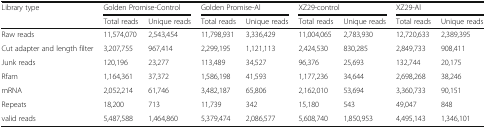
| <ROWSPAN=2> Library type | <COLSPAN=2> Golden Promise-Control | <COLSPAN=2> Golden Promise-Al | <COLSPAN=2> XZ29-control | <COLSPAN=2> XZ29-Al |
 | Total reads | Unique reads | Total reads | Unique reads | Total reads | Unique reads | Total reads | Unique reads |
 | --- | --- | --- | --- | --- | --- | --- | --- | --- |
 | Raw reads | 11,574,070 | 2,543,454 | 11,798,931 | 3,336,429 | 11,004,065 | 2,783,930 | 12,720,633 | 2,389,395 |
 | Cut adapter and length filter | 3,207,755 | 967,414 | 2,299,195 | 1,121,113 | 2,424,530 | 830,285 | 2,849,733 | 908,411 |
 | Junk reads | 120,196 | 23,277 | 113,489 | 34,527 | 96,376 | 25,693 | 132,744 | 20,175 |
 | Rfam | 1,164,361 | 37,372 | 1,586,198 | 41,593 | 1,177,236 | 34,644 | 2,698,268 | 38,246 |
 | mRNA | 2,052,214 | 61,746 | 3,482,187 | 65,806 | 2,162,010 | 53,694 | 3,360,733 | 90,151 |
 | Repeats | 18,200 | 713 | 11,739 | 342 | 15,180 | 543 | 49,047 | 848 |
 | valid reads | 5,487,588 | 1,464,860 | 5,379,474 | 2,086,577 | 5,608,740 | 1,850,953 | 4,495,143 | 1,346,101 |